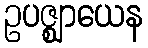
ဥပဇ္ဈာယေန